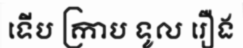
ទើប ក្រាប ទូល រឿង